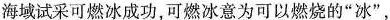
海域试采可燃冰成功，可燃冰意为可以燃烧的”冰”，